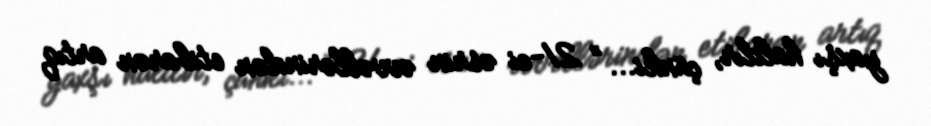
yaxşı haldır, çünki... ” 21-ci əsrin əvvəllərindən etibarən artıq